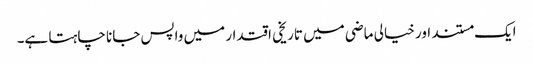
ایک مستند اور خیالی ماضی میں تاریخی اقتدار میں واپس جانا چاہتا ہے۔